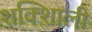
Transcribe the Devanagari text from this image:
शक्शिाली